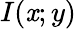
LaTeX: I(\mathit{x};y)